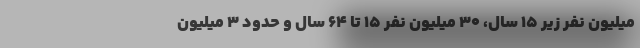
میلیون نفر زیر ۱۵ سال، ۳۰ میلیون نفر ۱۵ تا ۶۴ سال و حدود ۳ میلیون